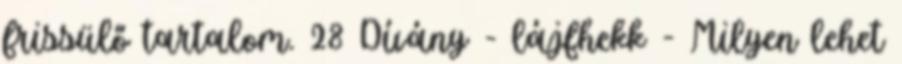
frissülő tartalom. 28 Dívány - lájfhekk - Milyen lehet